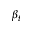
\beta _ { t }